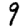
Digit: 9